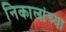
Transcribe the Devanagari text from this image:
निकालांच्या